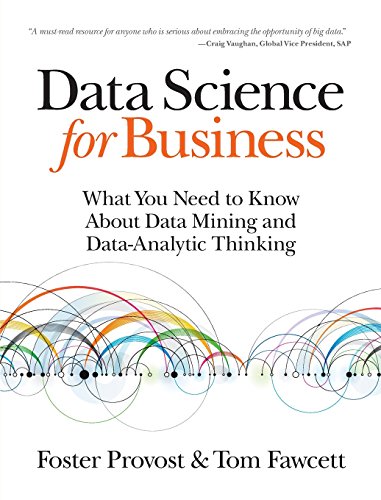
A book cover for Data Science for Business: What you need to know about data mining and data-analytic thinking; Foster Provost; Computers & Technology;